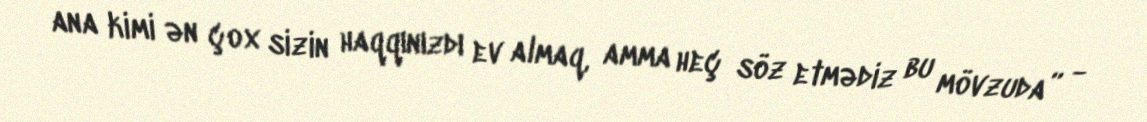
ana kimi ən çox sizin haqqınızdı ev almaq, amma heç söz etmədiz bu mövzuda” -